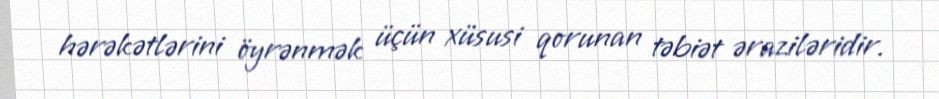
hərəkətlərini öyrənmək üçün xüsusi qorunan təbiət əraziləridir.